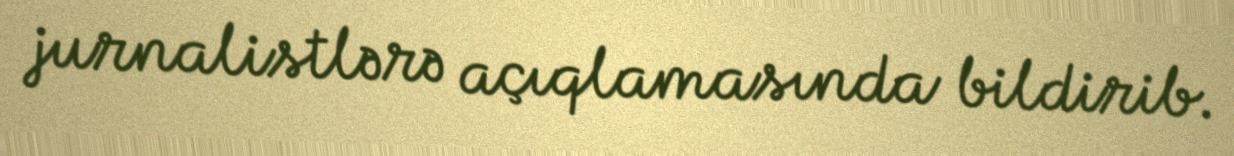
jurnalistlərə açıqlamasında bildirib.